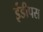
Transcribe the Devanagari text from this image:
ईडीपस